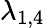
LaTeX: \lambda_{1,4}